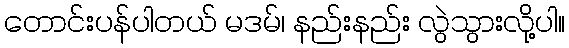
တောင်းပန်ပါတယ် မဒမ်၊ နည်းနည်း လွဲသွားလို့ပါ။